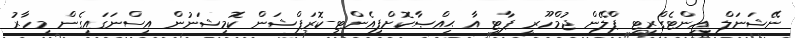
ނޭޝަނަލް އިންޓެގްރިޓީ ޕްލޭން ޖުމްހޫރީ ޕާޓީ އާ ޙިއްޞާކޮށްފިއެންޓި-ކޮރަޕްޝަން ކޮމިޝަނުން އިސްނަގައިގެން މިހާރު